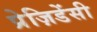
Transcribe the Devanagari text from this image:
प्रेज़िडेंसी